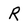
Character: R